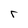
Character: r